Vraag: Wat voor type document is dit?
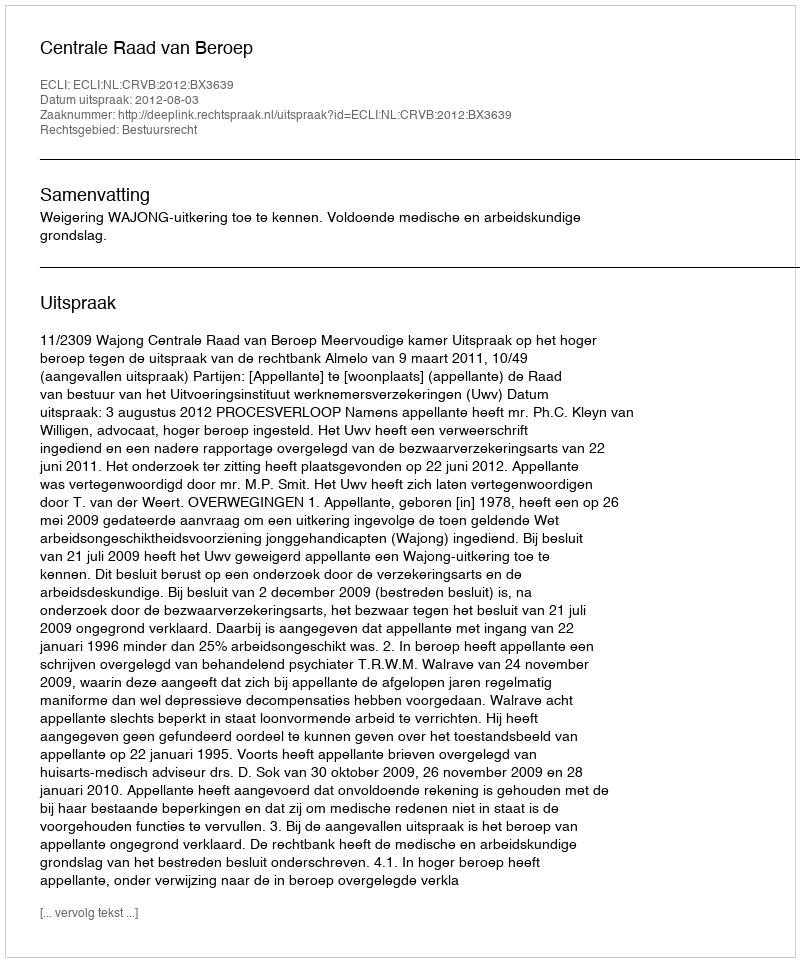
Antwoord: Uitspraak